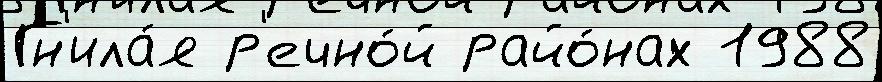
Гн'ила́я р'ечно́й райо́нах 1988